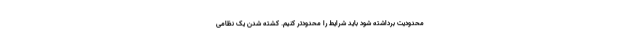
محدودیت برداشته شود باید شرایط را محدودتر کنیم. کشته شدن یک نظامی